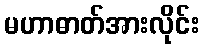
မဟာဓာတ်အားလိုင်း